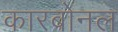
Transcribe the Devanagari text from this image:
कारबोनल